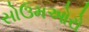
સોઉમઓરો